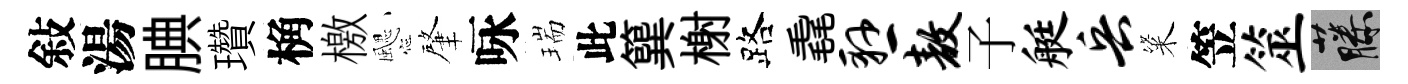
敍湯腆瓚桷檄颸肇咏瑞此簨榭路毳悬敖子艇兵粢笠筮藤